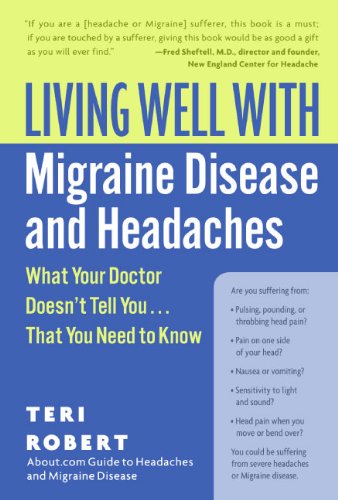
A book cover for Living Well with Migraine Disease and Headaches: What Your Doctor Doesn't Tell You...That You Need to Know (Living Well (Collins)); Teri, PhD Robert; Health, Fitness & Dieting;